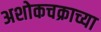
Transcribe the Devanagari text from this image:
अशोकचक्राच्या